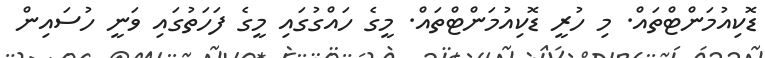
ޑޮކިއުމަންޓްތައް. މި ހުރީ ޑޮކިއުމަންޓްތައް. މީގެ ހައްގުގައި މީގެ ފަހަތުގައި ވަނީ ހުސައިން